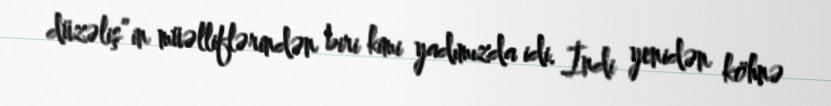
düzəliş”in müəlliflərindən biri kimi yadımızda idi. İndi yenidən köhnə